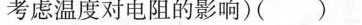
考虑温度对电阻的影响)()